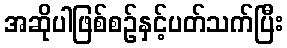
အဆိုပါဖြစ်စဉ်နှင့်ပတ်သက်ပြီး